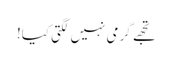
تجھے گرمی نہیں لگتی کیا!